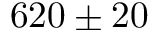
6 2 0 \pm 2 0